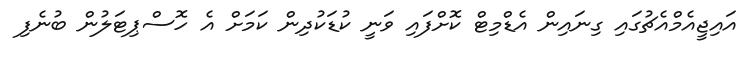
އައިޖީއެމްއެޗުގައި ގިނައިން އެޑްމިޓް ކޮށްފައި ވަނީ ކުޑަކުދިން ކަމަށް އެ ހޮސްޕިޓަލުން ބުނެފި